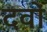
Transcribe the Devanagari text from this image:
दवों